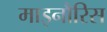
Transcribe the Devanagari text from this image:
माइनौरिस